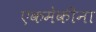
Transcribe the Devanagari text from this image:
एकमेकीना